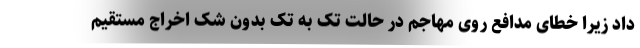
داد زیرا خطای مدافع روی مهاجم در حالت تک به تک بدون شک اخراج مستقیم